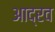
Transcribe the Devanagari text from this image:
आद्रव